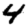
Digit: 4